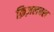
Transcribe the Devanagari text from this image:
क़िज़लबश